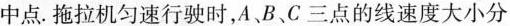
中点. 拖拉机匀速行驶时，A、B、C三点的线速度大小分